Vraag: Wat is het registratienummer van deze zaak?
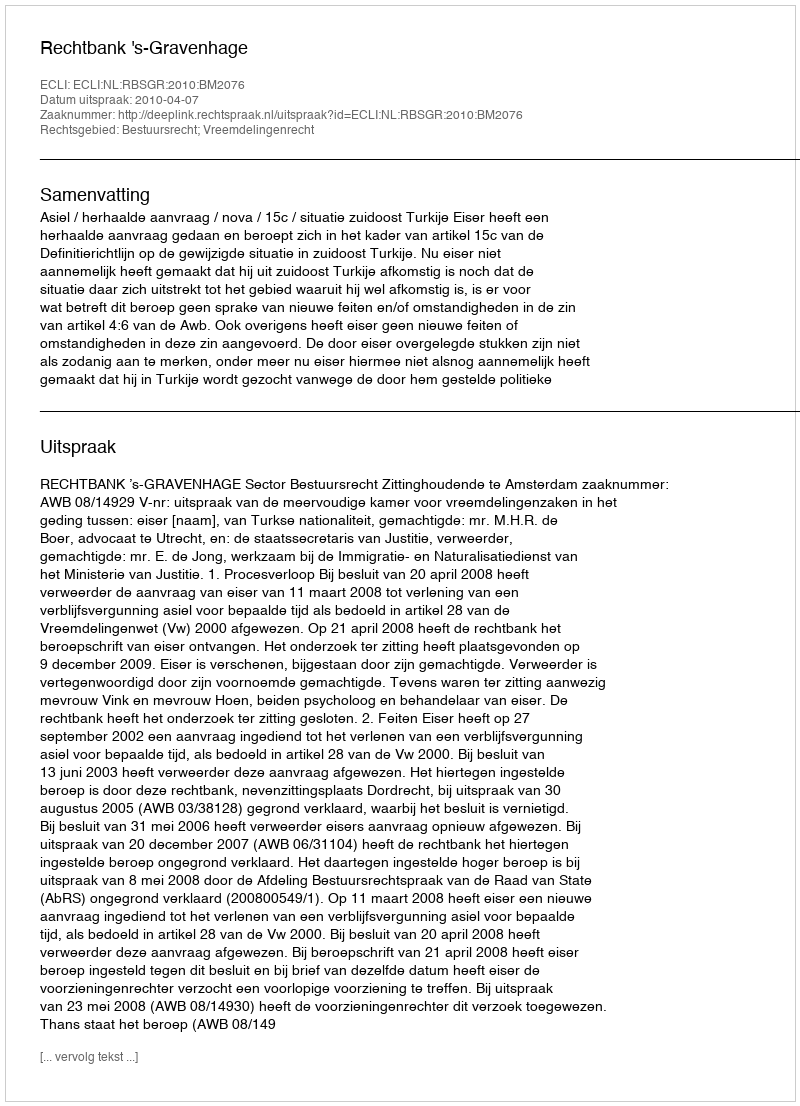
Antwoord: http://deeplink.rechtspraak.nl/uitspraak?id=ECLI:NL:RBSGR:2010:BM2076